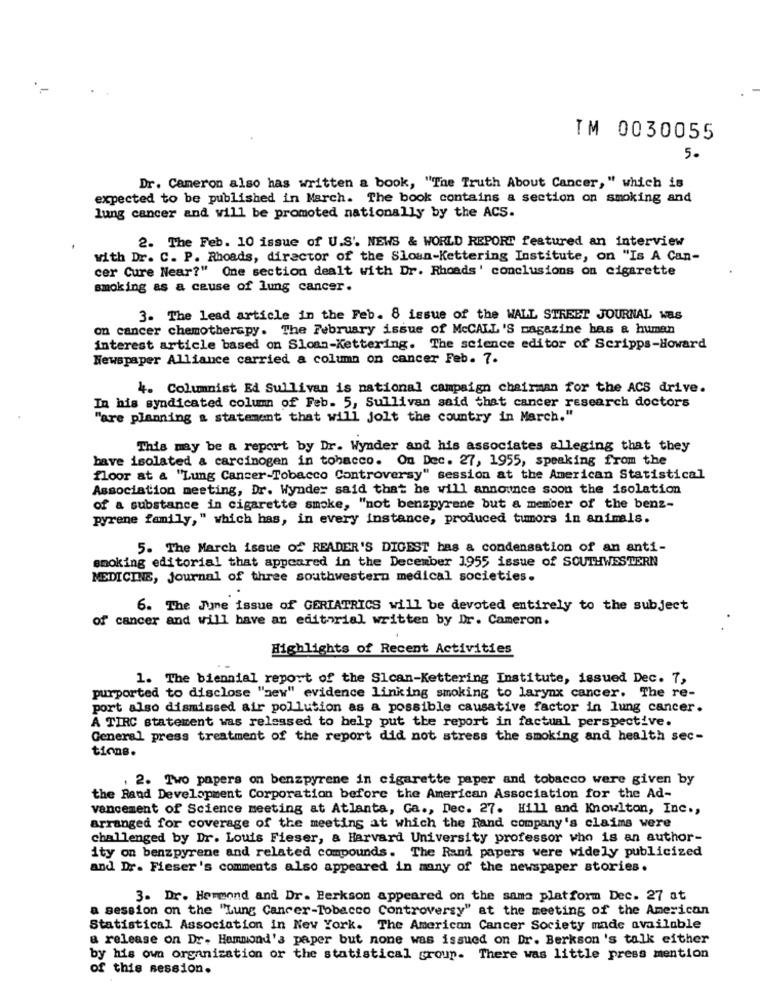
TM 0030055
5.
Dr. Cameron also has written a book, "The Truth About Cancer," which is
expected to be published in March. The book contains a section on smoking and
lung cancer and will be promoted nationally by the ACS.
2. The Feb. 10 issue of U.S. NEWS & WORLD REPORT featured an interview
with Dr. C. P. Rhoads, director of the Sloan-Kettering Institute, on "Is A Can-
cer Cure Near?" One section dealt with Dr. Rhoads' conclusions on cigarette
smoking as a cause of lung cancer.
3. The lead article in the Feb. 8 issue of the WALL STREET JOURNAL NaS
on cancer chemotherapy. The February issue of McCALL'S magazine has & human
interest article based on Sloan-Kettering. The science editor of Scripps-Howard
Newspaper Alliance carried a column on cancer Feb. 7.
4. Columnist Ed Sullivan is national campaign chairman for the ACS drive.
In his syndicated column of Feb. 5, Sullivan said that cancer research doctors
"are planning a statement that will jolt the country in March."
This may be a report by Dr. Wynder and his associates alleging that they
bave isolated & carcinogen in tobacco. On Dec. 27, 1955, speaking from the
floor at a "Lung Cancer-Tobacco Controversy" session at the American Statistical
Association meeting, Dr. Wynder said that he will announce soon the isolation
of a substance in cigarette smoke, "not benzpyrene but a member of the benz-
pyrene family," which has, in every instance, produced tumors in animals.
5. The March issue of READER'S DIGEST bas a condensation of an anti-
smoking editorial that appeared in the December 1955 issue of SOUTHWESTERN
MEDICINE, Journal of three southwestern medical societies.
6. The June issue of GERIATRICS will be devoted entirely to the subject
of cancer and will have an editorial written by Dr. Cameron.
Highlights of Recent Activities
1. The biennial report of the Slcan-Kettering Institute, issued Dec. 7,
purported to disclose "new" evidence linking smoking to larynx cancer. The re-
port also dismissed air pollution as a possible causative factor in lung cancer.
A TIRC statement was released to help put the report in factual perspective.
General press treatment of the report did not stress the smoking and health sec-
tions.
. 2. Two papers on benzpyrene in cigarette paper and tobacco were given by
the Rand Development Corporation before the American Association for the Ad-
vancement of Science meeting at Atlanta, Ga ., Dec. 27. Hill and Knowlton, Inc .,
arranged for coverage of the meeting at which the Rand company's claims were
challenged by Dr. Louis Fieser, & Harvard University professor who is an author-
ity on benzpyrene and related compounds. The Rand papers were widely publicized
and Dr. Fieser's comments also appeared in many of the newspaper stories.
3. Dr. Henmond and Dr. Berkson appeared on the sama platform Dec. 27 at
a session on the "Lung Cancer-Tobacco Controversy" at the meeting of the American
Statistical Association in New York. The American Cancer Society made available
a release on Dr. Hammond's paper but none was issued on Dr. Berkson's talk either
by his own organization or the statistical group. There was little press mention
of this session.